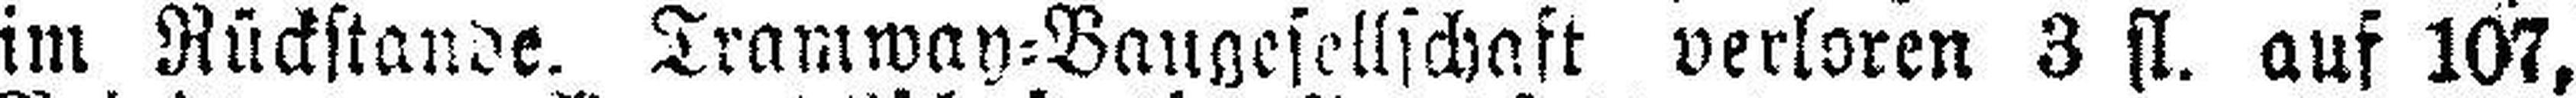
im Rückstande. Tramway=Baugesellschaft verloren 3 fl. auf 107,